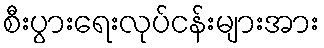
စီးပွားရေးလုပ်ငန်းများအား